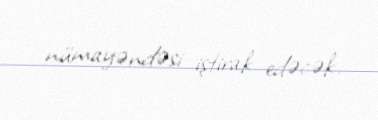
nümayəndəsi iştirak edəcək.